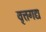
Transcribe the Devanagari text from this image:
वृत्तगद्य